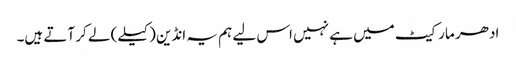
ادھر مارکیٹ میں ہے نہیں اس لیے ہم یہ انڈین (کیلے) لے کر آتے ہیں۔